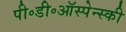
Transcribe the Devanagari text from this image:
पी॰डी॰ऑस्पेन्स्की